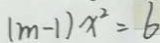
( m - 1 ) x ^ { 2 } = 6